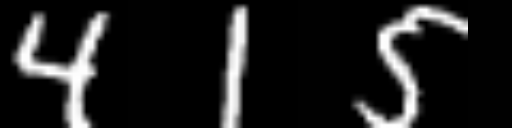
Text: 415